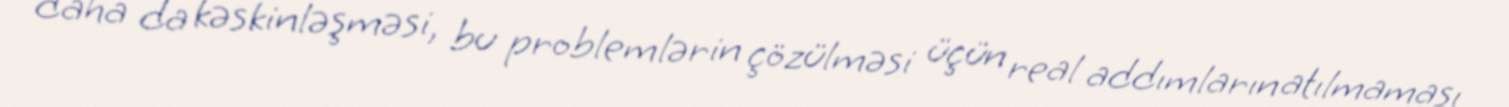
daha da kəskinləşməsi, bu problemlərin çözülməsi üçün real addımların atılmaması